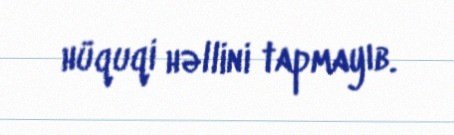
hüquqi həllini tapmayıb.